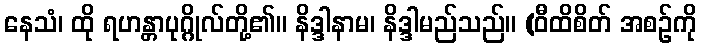
နေသံ၊ ထို ရဟန္တာပုဂ္ဂိုလ်တို့၏။ နိဒ္ဒါနာမ၊ နိဒ္ဒါမည်သည်။ (ဝီထိစိတ် အစဉ်ကို